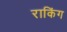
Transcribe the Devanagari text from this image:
राकिंग